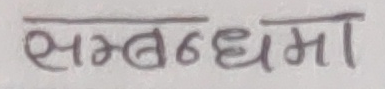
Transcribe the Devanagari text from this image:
सम्बन्धमा